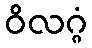
ဝိလဂ္ဂံ